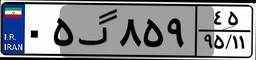
۰۵گ۸۵۹۴۵